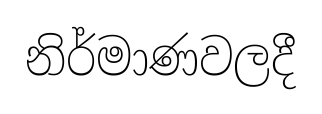
නිර්මාණවලදී